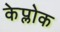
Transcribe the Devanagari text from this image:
केप्लोक